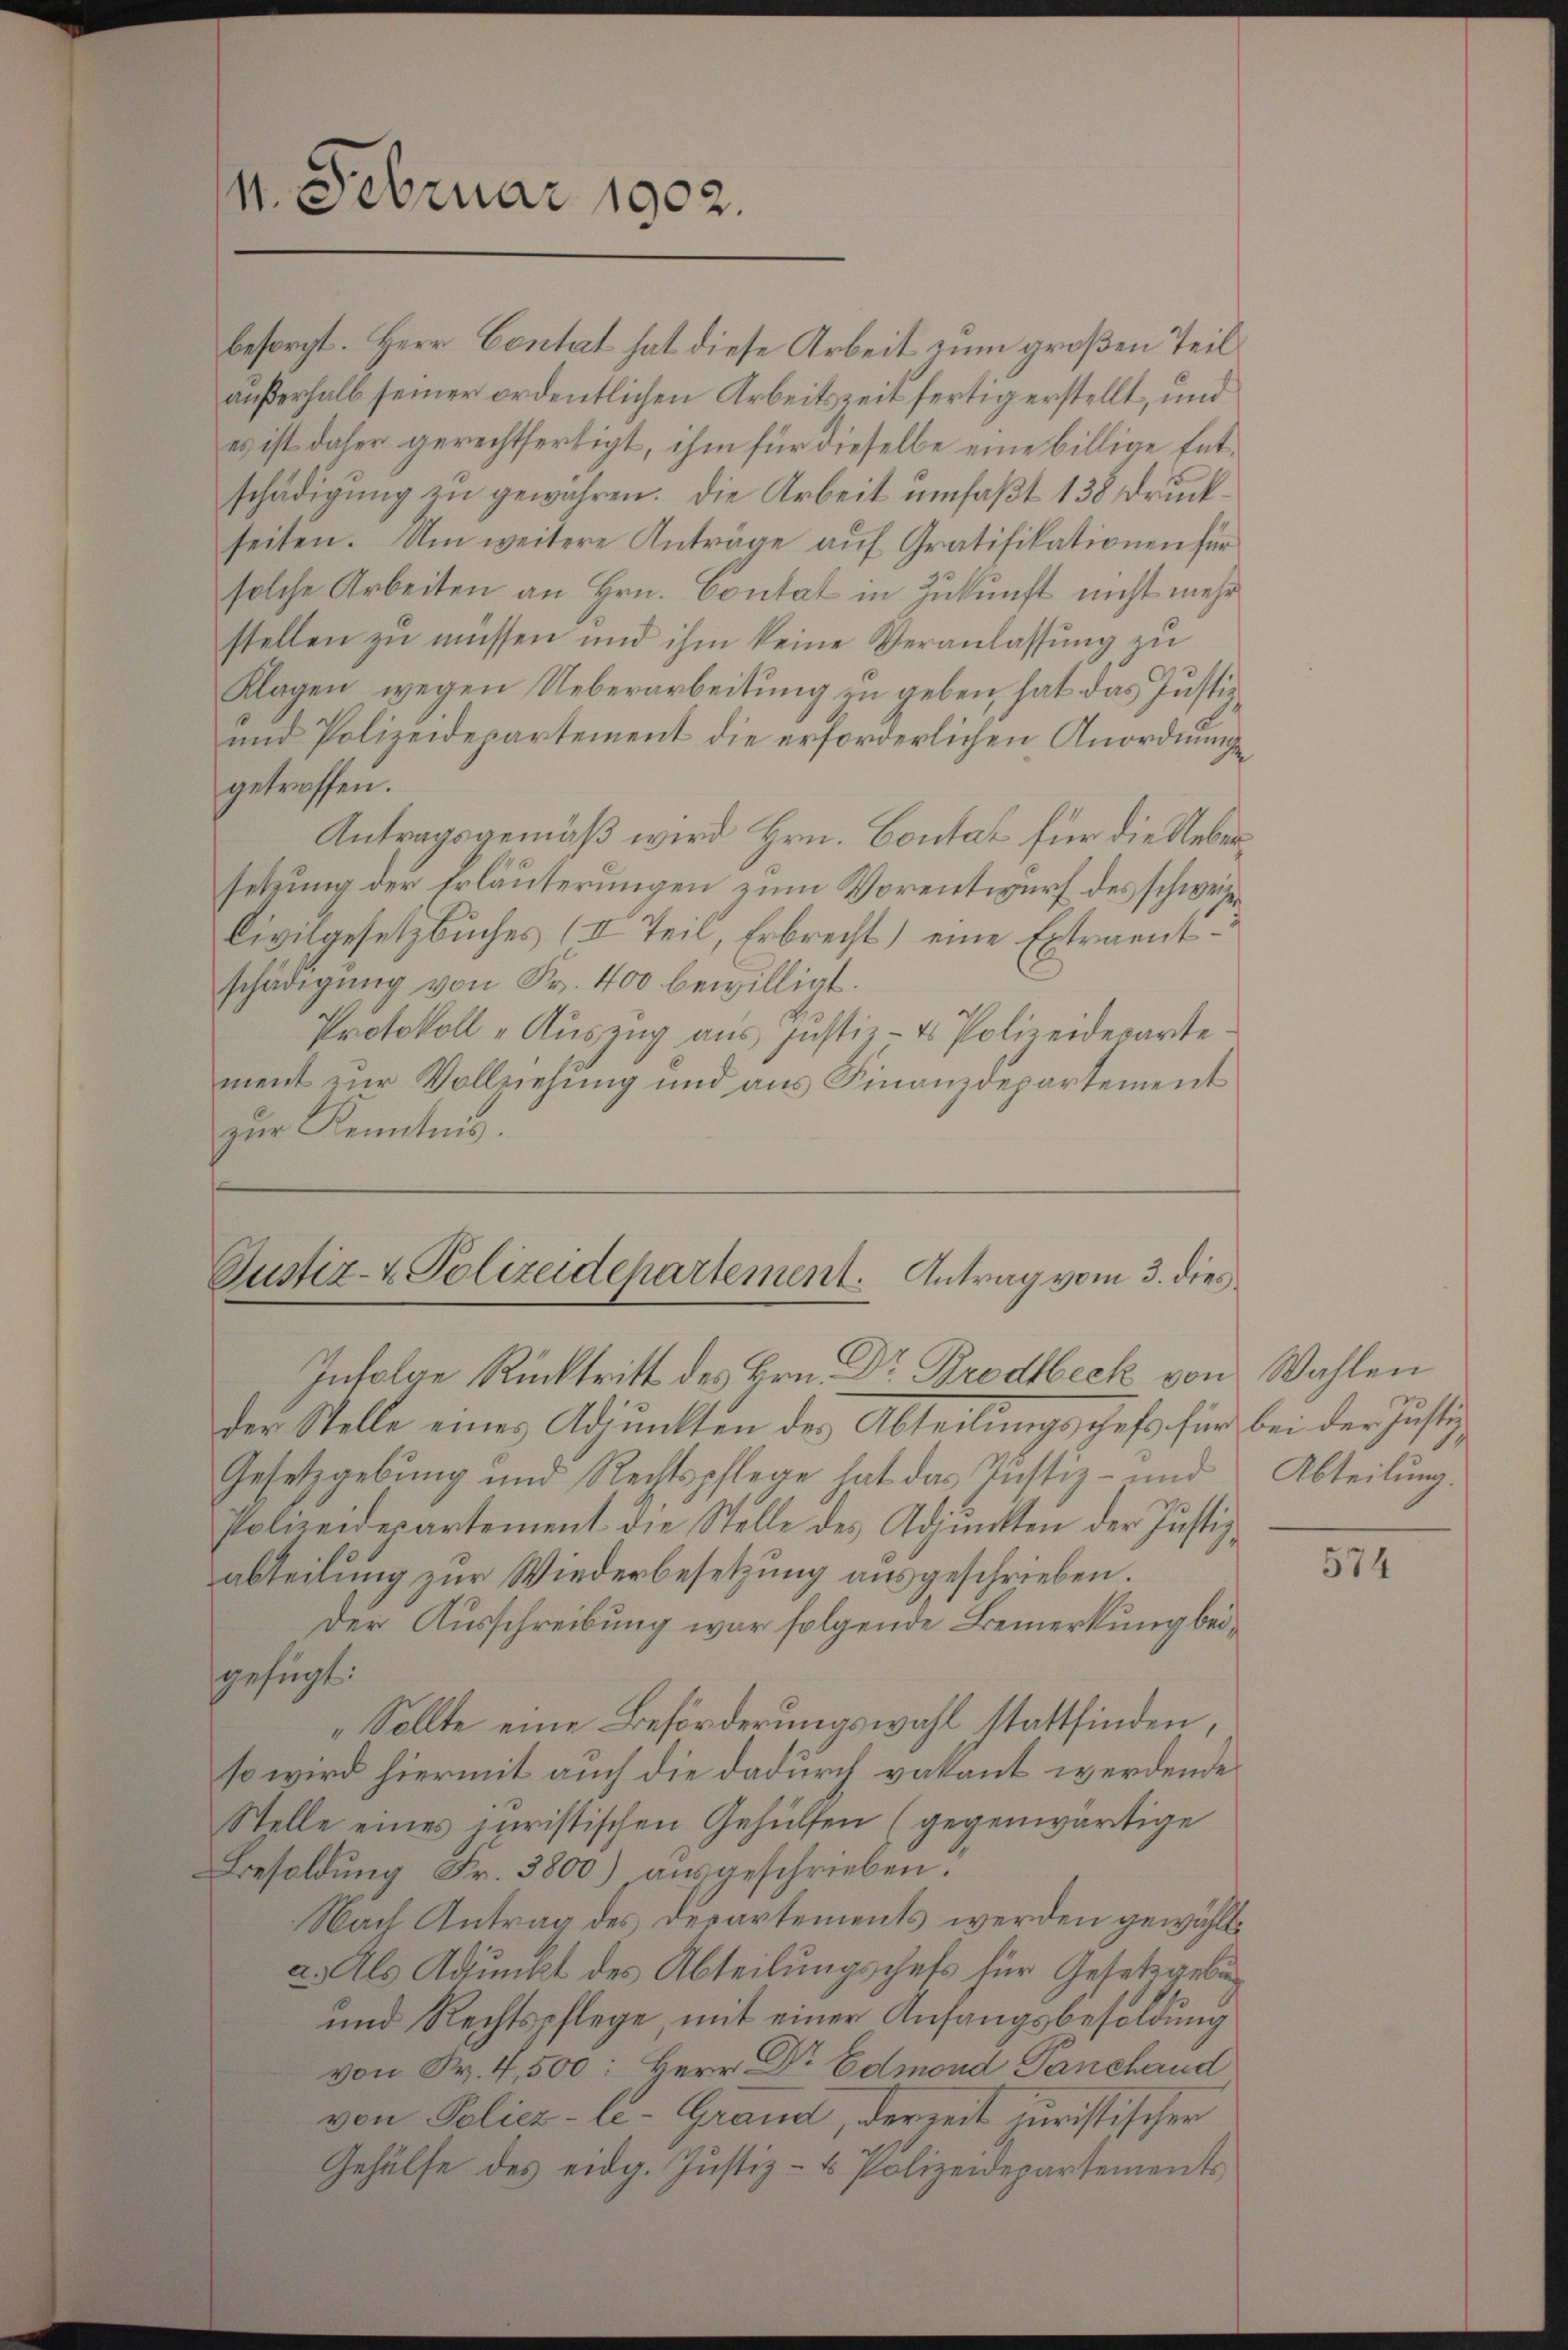
besorgt. Herr Contat hat diese Arbeit zum großen Teil
außerhalb seiner ordentlichen Arbeitszeit fertig erstellt, und
es ist daher gerechtfertigt, ihm für dieselbe eine billige Entschädigŭng zu gewähren. Die Arbeit umfaßt 138 Druckseiten. Um weitere Anträge aŭf Gratifikationen für
solche Arbeiten an Hrn. Contat in Zukunft nicht mehr
stellen zu müssen und ihm keine Veranlassung zu
Klagen wegen Ueberarbeitung zu geben hat das Justiz
und Polizeidepartement die erforderlichen Anordnungen
getroffen.
Antragsgemäß wird Hrn. Contat für die Uebersetzung der Erläuterungen zum Vorentwurf des schweize¬
Civilgesetzbuches (II Teil, Erbrecht) eine Extraentschädigŭng von Fr. 400 bewilligt.
Protokoll -Auszug aus Justiz- & Polizeideparte.
ment zur Vollziehung und aus Finanzdepartement
zur Kenntnis.

11. Februar 1902.

Justiz- & Polizeidepartement. Antrag vom 3. dies
Infolge Rücktritt des Hrn. Dr Brodtbeck von Wahlen

der Stelle eines Adjunkten der Abteilungschefs für bei der Justiz
Gesetzgebung und Rechtspflege hat das Justiz- und Abteilŭng.
Polizeidepartement die Stelle des Adjunkten der Justiz-
abteilung zur Wiederbesetzung ausgeschrieben.
Der Ausschreibung war folgende Bemerkung beigefügt:
„Sollte eine Beförderungswahl stattfinden,
so wird hiermit auch die dadurch vakant werdende
Stelle eines juristischen Gehülfen (gegenwärtige
Besoldung Fr. 3800) ausgeschrieben.
Nach Antrag des Departements werden gewählt
2. Als Adjunkt des Abteilungschaft für Gesetzgebun¬
und Rechtspflege, mit einer Anfangsbesoldung
von S. 4,500: Herr Dr Edmond Panchand
von Poliez-le-Grand derzeit juristischer
Gehülfe des eidg. Justiz- & Polizeidepartements

574